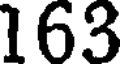
163